Annual report of the Civil Veterinary Department, Bengal, for the year 1895-96 - 1895-1896
Year: 1895
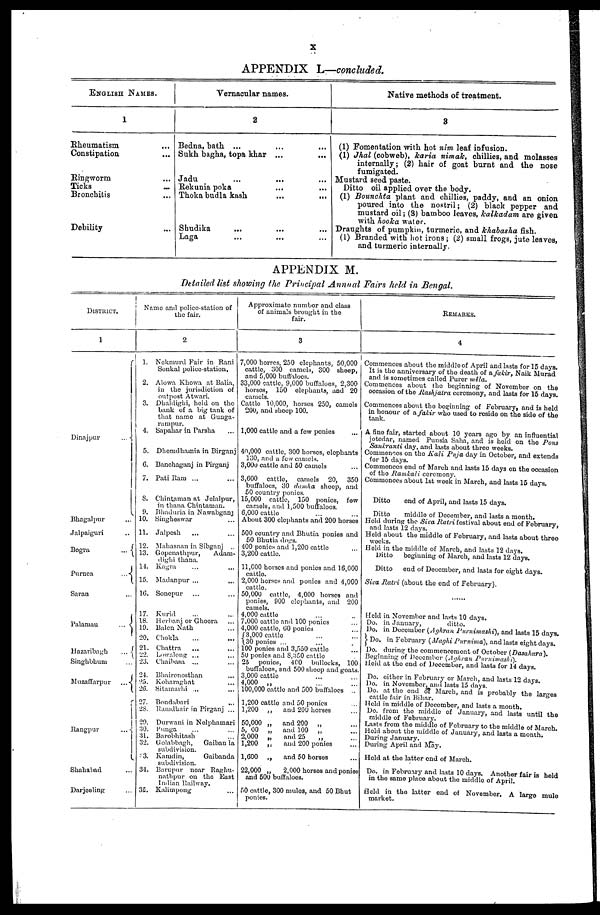
X
APPENDIX L—concluded.
ENGLISH NAMES.
Rheumatism
...
Constipation ...
Ringworm ...
Ticks
...
...
Bronchitis
...
Debility ...
Vernacular names.
2
Bedna, bath ... ... ...
Sukh bagha, topa khar ... ...
Jadu
...
...
...
Rekunia poka ... ...
Thoka budla kash ... ...
Shudika ... ... ...
Laga ... ... ...
Native methods of treatment.
8
(1) Fomentation with hot nim leaf infusion.
(1) Jhal (cobweb), karia nimak, chillies, and molasses
internally; (2) hair of goat burnt and the nose
Mustard seed paste.
Ditto oil applied over the body.
(1) Bounchta plant and chillies, paddy, and an onion
poured into the nostril; (2) black pepper and
mustard oil; (3) bamboo leaves, kalkadam are given
with hooka water.
Draughts of pumpkin, turmeric, and khabasha fish.
(1) Branded with hot irons; (2) small frogs, jute leaves,
and turmeric internally.
APPENDIX M.
Detailed list showing the Principal Annual Fairs held in Bengal.
DISTRICT.
1
|
Dinajpur
...
Bhagalpur ...
Jalpaiguri ...
Bogra
...
Purnea
...
Saran
...
Palamau
...
Hazaribagh
...
Singhbhum
Muzaffarpur
...
Rangpar ...
Shahalad ...
Darjeeling ...
Name and police-station of
the fair.
2
1. Nekmurd Fair in Rani
Sonkal police-station.
2. Alowa Khowa at Balia,
in the jurisdiction of
outpost Atwari.
3. Dhaldighi, held on the
bank of a big tank of
that name at Gunga-
rampur.
1. Sapahar in Parsha ...
5. Dhemdhamia in Birganj
0. Banchaganj in Pirganj
7. Pati Ram ... ...
8. Chintaman at Jelalpur,
in thana Chintaman.
9. Bhaduria in Nawabgan
10. Singheswar ...
11. Jalpesh ... ...
12. Muhasnan in Sibganj ...
13. Gopenathpur,
Adam-
dight thana.
14. Kagra ... ...
15. Madanpur ... ...
16. Sonepur ... ...
17. Kurid ... ...
18. Herbanj or Ghoora ...
19. Balen Nath ...
20. Chokla ... ...
21. Chattra ... ...
22. Lowalong ... ...
23. Chaibasa ... ...
24. Bhairenosthan ...
25. Koharagbat ...
26. Sitawadai
...
...
27. Bondabari ...
28. Ramdbair in Pirganj ...
29. Durwani in Nolphamari
30. Punga ... ...
31. Barobhitash ...
32. Golahbagh,
Gaiban la
subdivision.
3. Kamdin,
Gaibanda
subdivision.
34. Bavopur near Raghu-
nathpur on the East
Indian Railway.
35. Kalimpong ...
Approximate number and clas3
of animals brought in the
fair.
3
7,000 horses, 250 elephants, 50,000
cattle, 300 camels, 300 sheep,
and 5,000 butffaloes.
33,000 cattle, 9,000 buffaloes, 2,300
horses, 150 elephants, and 20
camels.
Cattle 10,000, horses 250, camels
200, and sheep 100.
1,000 cattle and a few ponies
...
40,000 cattle, 300 horses, elephants
130, and a few camels.
3,000 cattle and 50 camels ...
3,600 cattle, camels 20,
350
buffaloes, 30 dumha sheep, and
50 country ponies.
15,000 cattle, 150 ponies, fow
camels, and 1,500 buffaloes.
6,000 cattle
About 300 elephants and 200 horses
500 country and Bhutia ponies and
50 Bhutia dogs.
400 ponies and 1,200 cattle
3,200 cattle.
11,000 horses and ponies and 16,000
cattlo.
2,000 horses and ponies and 4,000
cattlo.
50,000 cattle, 4,000 horses and
ponies, 000 elephants, and 200
camels.
4,000 cattlo ... ...
7,000 cattlc and 100 ponies
4,000 cattle, 00 ponies
3,000 cattle ... ...
30 ponies ...
100 ponies and 3,550 cattle
50 ponies and 8,350 cattle
25 ponies, 400 bullocks, 100
buffaloes, end 500 sheep and goats.
3,000 cattle
4,000 „ ... ...
100,000 cattle and 500 buffaloes ...
1,200 cattle and 50 ponies ...
1,200
„
and 200 horses
50,000 „ and 200 „ ...
5, 00 „
and 100 „
2,000 „
and 25
„ ...
1,200
„
and 200 ponies ...
1,600
„
and 50 horses ...
22,000 „ 2,000 horses and ponies
and 500 buffaloes.
50 cattle, 300 mules, and 50 Bhut
ponies.
REMARKS.
4
Commences about the middle of April and lasts for 15 days.
It is the anniversary of the death of fakir, Naik Murad
and is sometimes called Purer mela.
Commences about the beginning of November on the
occasion of the Rashjatra ceremony, and lasts for 15 days.
Commences about the beginning of February, and is held
in honour of a fakir who used to reside on the side of the
tank.
A fine fair, started about 10 years ago by an influential
jotedar, named Punsia Saha, and is held on the Pous
Sankranti day, and lasts about three weeks.
Commences on the Kali Puja day in October, and extends
for 15 days.
Commences end of March and lasts 15 days on the occasion
of the Ramkali ceremony.
Commences about 1st week in March, and lasts 15 days.
Ditto
end of April, and lasts 15 days.
Ditto
middle of December, and lasts a month.
Held during the Siva Ratri festival about end of February,
and lasts 12 days.
Held about the middle of February, and lasts about three
weeks.
Held in the middle of March, and lasts 12 days.
Ditto
boginning of March, and lasts 12 days.
Ditto
end of December, and lasts for eight days.
Siva Ratri (about the end of February).
Held in November and lasts 10 days.
Do. in January,
ditto.
Do. in December (Aghran Purnimashi), and lasts 15 days.
Do. in February (Maghi Purnima), and lasts eight days.
Do. during the commencement of October (Dasahara).
Beginning of December (Aghran Purnimasha).
Held at the end of December, and lasts for 14 days.
Do. either in February or March, and lasts 12 days.
Do. in November, and lasts 15 days.
Do. at the end of March, and is probably the larges
cattle fair in Bihar.
Held in middle of December, and lasts a month.
Do. from the middle of January, and lasts until the
middle of February.
Lasts from the middle of February to the middle of March.
Held about the middle of January, and lasts a month.
During January.
During April and May.
Held at the latter end of March.
Do. in February and lasts 10 days. Another fair is hold
in the same place about the middle of April.
field in the latter end of November. A largo mule
market.